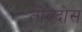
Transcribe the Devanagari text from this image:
तोल्दोस